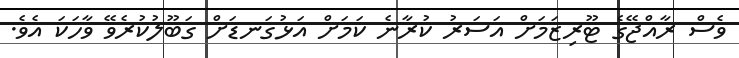
ވެސް ރާއްޖޭގެ ޓޫރިޒަމަށް އަސަރު ކުރާނެ ކަމަށް އަޅުގަނޑަށް ގަބޫލުކުރެވޭ ވާހަކަ އެވެ.